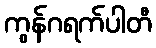
ကွန်ဂရက်ပါတီ